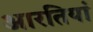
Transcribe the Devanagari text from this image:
आरतियां